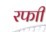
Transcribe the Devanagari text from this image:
रफाी